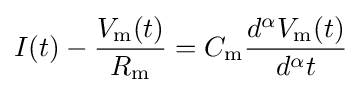
I(t)-{\frac {V_{\mathrm {m} }(t)}{R_{\mathrm {m} }}}=C_{\mathrm {m} }{\frac {d^{\alpha }V_{\mathrm {m} }(t)}{d^{\alpha }t}}